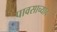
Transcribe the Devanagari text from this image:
पावसाच्याच